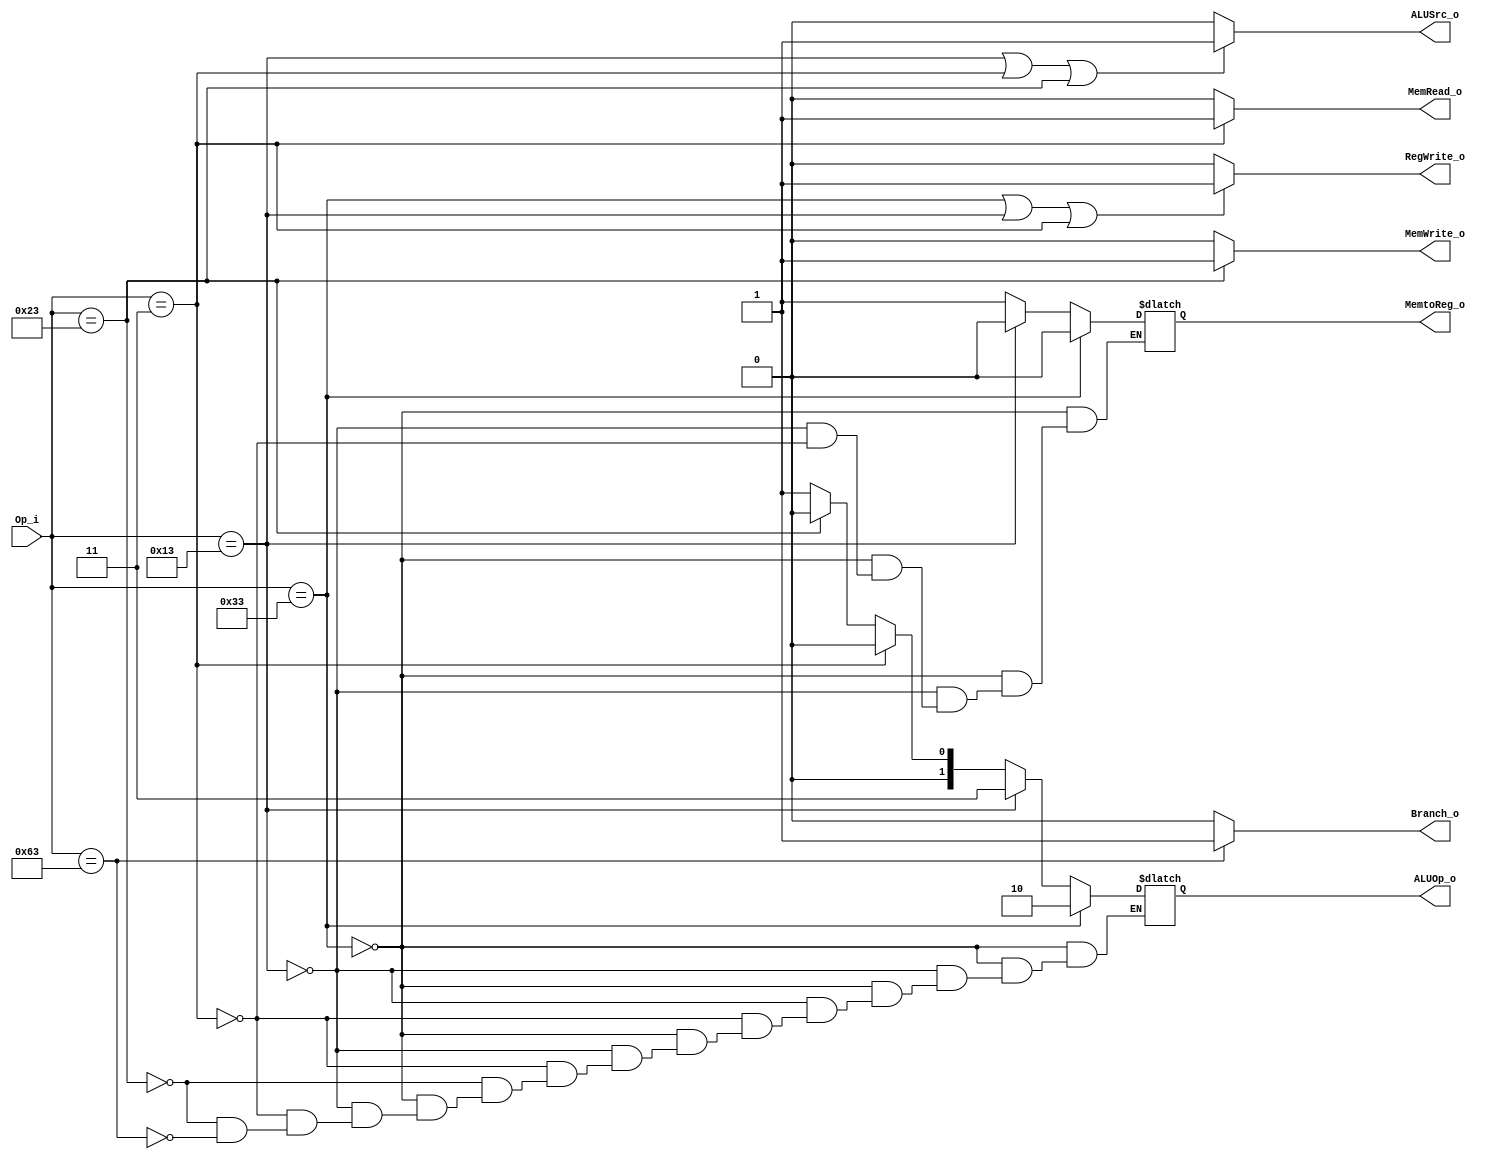
module Control
(
	Op_i,
	ALUOp_o,
	ALUSrc_o,
	Branch_o,
	MemRead_o,
	MemWrite_o,
	RegWrite_o,
	MemtoReg_o
);

input  [6 : 0] Op_i;
output [1 : 0] ALUOp_o;
output         ALUSrc_o;
output         Branch_o;
output         MemRead_o;
output         MemWrite_o;
output         RegWrite_o;
output         MemtoReg_o;

reg [1 : 0] ALUOp_reg;
reg         MemtoReg_reg;

assign ALUOp_o = ALUOp_reg;
assign ALUSrc_o = (Op_i == 7'b0010011 || Op_i == 7'b0000011 || Op_i == 7'b0100011)? 1'b1 : 1'b0;
assign Branch_o = (Op_i == 7'b1100011)? 1'b1 : 1'b0;
assign MemRead_o = (Op_i == 7'b0000011)? 1'b1 : 1'b0;
assign MemWrite_o = (Op_i == 7'b0100011)? 1'b1 : 1'b0;
assign RegWrite_o = (Op_i == 7'b0110011 || Op_i == 7'b0010011 || Op_i == 7'b0000011)? 1'b1 : 1'b0;
assign MemtoReg_o = MemtoReg_reg;

always @(Op_i)
begin
	if (Op_i == 7'b0110011)
	begin
		ALUOp_reg = 2'b10;
		MemtoReg_reg = 1'b0;
	end
	else if (Op_i == 7'b0010011)
	begin
		ALUOp_reg = 2'b11;
		MemtoReg_reg = 1'b0;
	end
	else if (Op_i == 7'b0000011)
	begin
		ALUOp_reg = 2'b00;
		MemtoReg_reg = 1'b1;
	end
	else if (Op_i == 7'b0100011)
	begin
		ALUOp_reg = 2'b00;
	end
	else if (Op_i == 7'b1100011)
	begin
		ALUOp_reg = 2'b01;
	end
end

endmodule